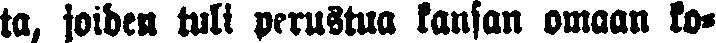
ta, joiden tuli perustua kansan omaan ko-